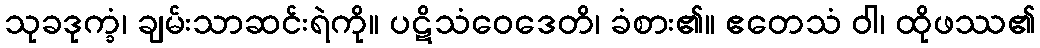
သုခဒုက္ခံ၊ ချမ်းသာဆင်းရဲကို။ ပဋိသံဝေဒေတိ၊ ခံစား၏။ ဧတေသံ ဝါ၊ ထိုဖဿ၏